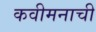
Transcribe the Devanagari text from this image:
कवीमनाची